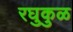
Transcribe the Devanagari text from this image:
रघुकुळ